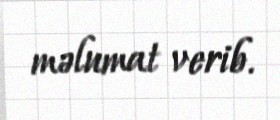
məlumat verib.